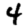
Digit: 4